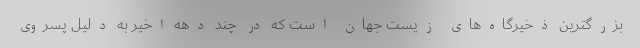
بزرگترین ذخیرگاه‌های زیست جهان است که در چند دهه اخیر به دلیل پسروی